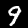
Digit: 9